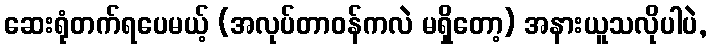
ဆေးရုံတက်ရပေမယ့် (အလုပ်တာဝန်ကလဲ မရှိတော့) အနားယူသလိုပါပဲ,